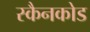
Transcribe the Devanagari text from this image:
स्कैनकोड